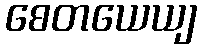
စေတယေယျ